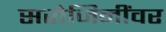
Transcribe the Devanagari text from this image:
सरोजिनींवर